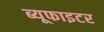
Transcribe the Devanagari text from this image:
ब्यूफाइटर